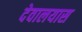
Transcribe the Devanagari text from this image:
देवालयास